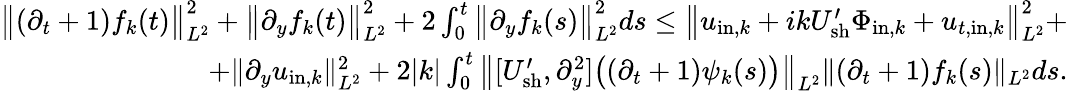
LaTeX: \begin{array}{r}{\big\| (\partial_{t}+1)f_{k}(t)\big\| _{L^{2}}^{2}+\big\| \partial_{y}f_{k}(t)\big\| _{L^{2}}^{2}+2\int_{0}^{t}\big\| \partial_{y}f_{k}(s)\big\| _{L^{2}}^{2}ds\leq\big\| u_{\mathrm{in},k}+ikU_{\mathrm{sh}}^{\prime}\Phi_{\mathrm{in},k}+u_{t,\mathrm{in},k}\big\| _{L^{2}}^{2}+}\\ {+\| \partial_{y}u_{\mathrm{in},k}\| _{L^{2}}^{2}+2|k|\int_{0}^{t}\big\| [U_{\mathrm{sh}}^{\prime},\partial_{y}^{2}]\big((\partial_{t}+1)\psi_{k}(s)\big)\big\| _{L^{2}}\| (\partial_{t}+1)f_{k}(s)\| _{L^{2}}ds.}\end{array}